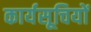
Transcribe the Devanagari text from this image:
कार्यसूचियों